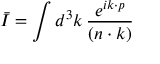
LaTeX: \bar { I } = \int d ^ { 3 } k \, { \frac { e ^ { i k \cdot p } } { ( n \cdot k ) } }